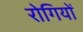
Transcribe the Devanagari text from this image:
रोगियों